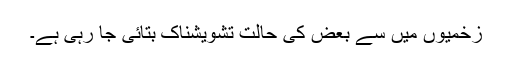
زخمیوں میں سے بعض کی حالت تشویشناک بتائی جا رہی ہے۔